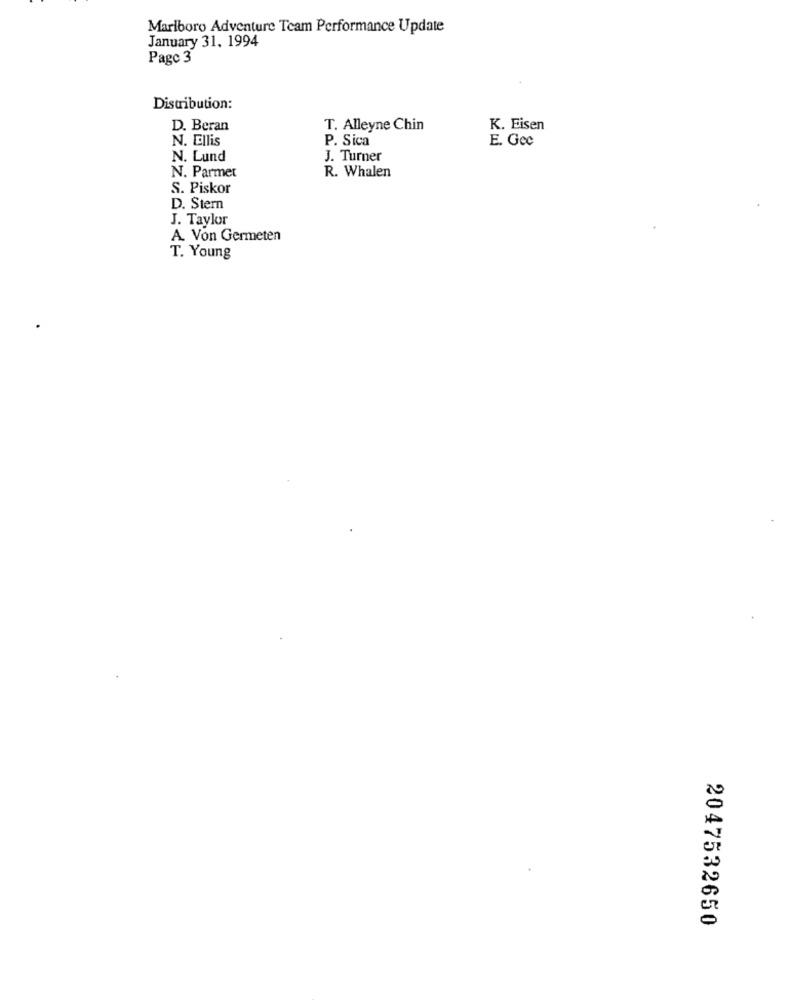
Marlboro Adventure Team Performance Update
January 31, 1994
Page 3
Distribution:
D. Beran
T. Alleyne Chin
K. Eisen
N. Ellis
P. Sica
E. Gec
N. Lund
J. Turner
N. Parmet
R. Whalen
S. Piskor
D. Stern
J. Taylor
A. Von Germeten
T. Young
2047532650